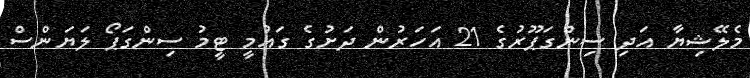
މެލޭޝިޔާ އަދި ސިންގަޕޫރުގެ 21 އަހަރުން ދަށުގެ ގައުމީ ޓީމު ސިންގަޕޯ ލަޔަންސް